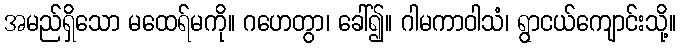
အမည်ရှိသော မထေရ်မကို။ ဂဟေတွာ၊ ခေါ်၍။ ဂါမကာဝါသံ၊ ရွာငယ်ကျောင်းသို့။